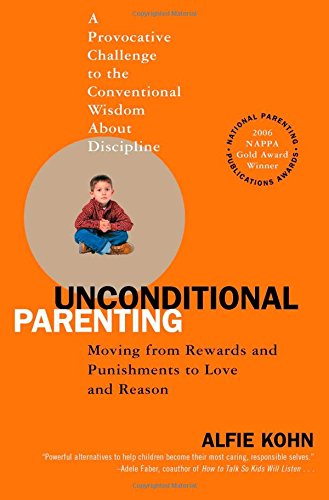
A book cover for Unconditional Parenting: Moving from Rewards and Punishments to Love and Reason; Alfie Kohn; Parenting & Relationships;